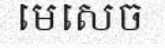
មេសេច